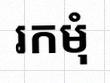
រកមុំ